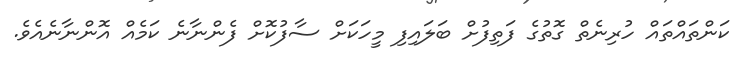
ކަންތައްތައް ހުރިނެތް ގޮތުގެ ފަތިފުށް ބަލައިފި މީހަކަށް ސާފުކޮށް ފެންނާނެ ކަމެއް އޮންނާނެއެވެ.